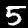
Label: 5